Report of the Indian Hemp Drugs Commission, 1894-1895 - Volume VII
Year: 1894
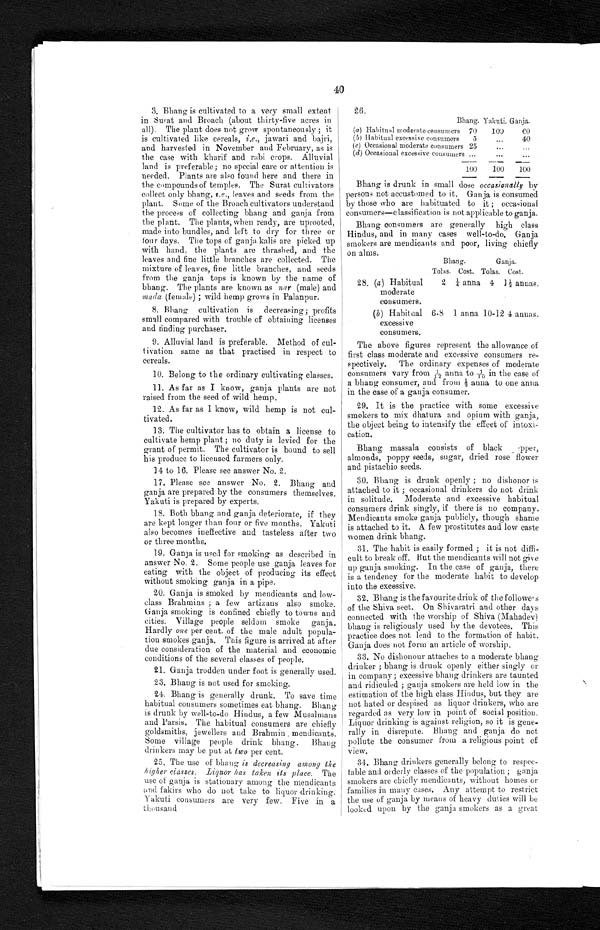
40
3. Bhang is cultivated to a very small extent
in Surat and Broach (about thirty-five acres in
all). The plant does not grow spontaneously; it
is cultivated like cereals, i.e., jawari and bajri,
and harvested in November and February, as is
the case with kharif and rabi crops. Alluvial
land is preferable; no special care or attention is
needed. Plants are also found here and there in
the compounds of temples. The Surat cultivators
collect only bhang, i.e., leaves and seeds from the
plant. Some of the Broach cultivators understand
the process of collecting bhang and ganja from
the plant. The plants, when ready, are uprooted,
made into bundles, and left to dry for three or
four days. The tops of ganja kalis are picked up
with hand, the plants are thrashed, and the
leaves and fine little branches are collected. The
mixture of leaves, fine little branches, and seeds
from the ganja tops is known by the name of
bhang. The plants are known as nar (male) and
mada (female) ; wild hemp grows in Palanpur.
8. Bhang cultivation is decreasing; profits
small compared with trouble of obtaining licenses
and finding purchaser.
9. Alluvial land is preferable. Method of cul
- t i v a t i o n s a m e a s t h a t p r a c t i s e d i n r e s p e c t t o
cereals.
1 0 . B e l o n g t o t h e o r d i n a r y c u l t i v a t i n g c l a s s e s .
11. As far as I know, ganja plants are not
raised from the seed of wild hemp.
12. As far as I know, wild hemp is not cul
-tivated.
13. The cultivator has to obtain a license to
cultivate hemp plant ; no duty is levied for the
grant of permit. The cultivator is bound to sell
his produce to licensed farmers only.
14 to 16. Please see answer No. 2.
17. Please see answer No. 2. Bhang and
ganja are prepared by the consumers themselves.
Yakuti is prepared by experts.
18. Both bhang and ganja deteriorate, if they
are kept longer than four or five months. Yakuti
also becomes ineffective and tasteless after two
or three months.
19. Ganja is used for smoking as described in
answer No. 2. Some people use ganja leaves for
eating with the object of producing its effect
without smoking ganja in a pipe.
20. Ganja is smoked by mendicants and low
- c l a s s B r a h m i n s ; a f e w a r t i z a n s a l s o s m o k e .
Ganja smoking is confined chiefly to towns and
cities. Village people seldom smoke ganja.
Hardly one per cent. of the male adult popula
- t i o n s m o k e s g a n j a . T h i s f i g u r e i s a r r i v e d a t a f t e r
due consideration of the material and economic
conditions of the several classes of people.
2 1 . G a n j a t r o d d e n u n d e r f o o t i s g e n e r a l l y u s e d .
2 3 . B h a n g i s n o t u s e d f o r s m o k i n g .
24. Bhang is generally drunk. To save time
habitual consumers sometimes eat bhang. Bhang
is drunk by well-to-do Hindus, a few Musalmans
and Parsis. The habitual consumers are chiefly
goldsmiths, jewellers and Brahmin mendicants.
Some village people drink bhang. Bhang
drinkers may be put at two per cent.
25. The use of bhang is decreasing among the
higher classes, Liquor has taken its place. The
use of ganja is stationary among the mendicants
a n d
f a k i r s w h o d o n o t t a k e t o l i q u o r d r i n k i n g .
Yakuti consumers are very few. Five in a
thousand
26.
Bhang. Yakuti. Ganja.
(a) Habitual moderate consumers 70
100
6 0
(b) Habitual excessive consumers
5
. . .
40
(c) Occasional moderate consumers 25
. . .
. . .
(d) Occasional excessive consumers
. . .
. . .
. . .
1 0 0
100
100
Bhang is drunk in small dose occasionally by
persons not accustomed to it. Ganja is consumed
by those who are habituated to it; occasional
consumers—classification is not applicable to ganja.
Bhang consumers are generally high class
Hindus, and in many cases well-to-do. Ganja
smokers are mendicants and poor, living chiefly
on alms.
Bhang.
Ganja.
Tolas. Cost. Tolas. Cost.
28. (a ) Habitual
moderate
consumers.
2 ¼ anna 4 1½ annas.
( b ) Habitual
excessive
consumers.
6-8 1 anna 10-12 4 annas.
The above figures represent the allowance of
first class moderate and excessive consumers re
- s p e c t i v e l y . T h e o r d i n a r y e x p e n s e s o f m o d e r a t e
consumers vary from 1/12 anna to1/10 in the case
o f a b h a n g c o n s u m e r , a n d f r o m ½ a n n a t o o n e a n n a
in the case of a ganja consumer.
29. It is the practice with some excessive
smokers to mix dhatura and opium with ganja,
the object being to intensify the effect of intoxi
- c a t i o n .
Bhang massala consists of black pper,
almonds, poppy seeds, sugar, dried rose flower
and pistachio seeds.
30. Bhang is drunk openly; no dishonor is
attached to it; occasional drinkers do not drink
in solitude. Moderate and excessive habitual
consumers drink singly, if there is no company.
Mendicants smoke ganja publicly, though shame
i s a t t a c h e d t o i t . A f e w p r o s t i t u t e s a n d l o w c a s t e w o m e n d r i n k b h a n g .
31. The habit is easily formed; it is not diffi
- c u l t t o b r e a k o f f . B u t t h e m e n d i c a n t s w i l l n o t g i v e
up ganja smoking. In the case of ganja, there
is a tendency for the moderate habit to develop
into the excessive.
32. Bhang is the favourite drink of the followers
of the Shiva sect. On Shivaratri and other days
connected with the worship of Shiva (Mahadev)
bhang is religiously used by the devotees. This
practice does not lead to the formation of habit.
Ganja does not form an article of worship.
33. No dishonour attaches to a moderate bhang
drinker; bhang is drunk openly either singly or
in company; excessive bhang drinkers are taunted
and ridiculed; ganja smokers are held low in the
estimation of the high class Hindus, but they are
not hated or despised as liquor drinkers, who are
regarded as very low in point of social position.
Liquor drinking is against religion, so it is gene
- r a l l y i n d i s r e p u t e . B h a n g a n d g a n j a d o n o t
pollute the consumer from a religious point of
view.
34. Bhang drinkers generally belong to respec
- t a b l e a n d o r d e r l y c l a s s e s o f t h e p o p u l a t i o n ; g a n j a
smokers are chiefly mendicants, without homes or
families in many cases. Any attempt to restrict
the use of ganja by means of heavy duties will be
looked upon by the ganja smokers as a great